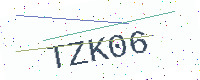
Text: TZK06